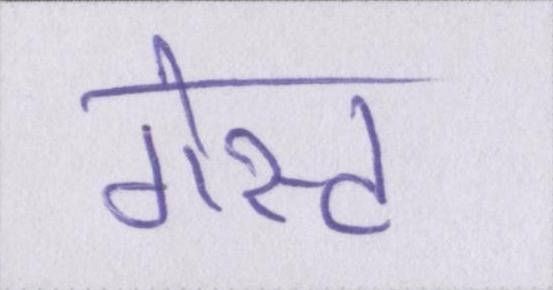
गेस्ट